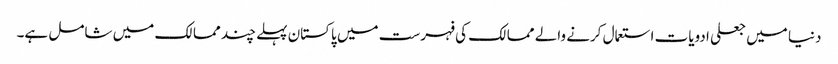
دنیا میں جعلی ادویات استعمال کرنے والے ممالک کی فہرست میں پاکستان پہلے چند ممالک میں شامل ہے۔